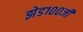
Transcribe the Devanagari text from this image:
झेड१००जी